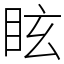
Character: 眩